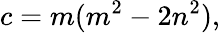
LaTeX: c=m(m^{2}-2n^{2}),